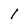
Character: 1